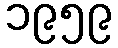
၁၉၅၉